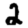
Digit: 2